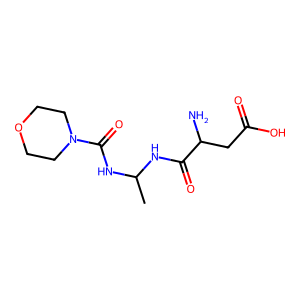
SMILES: CC(NC(=O)C(N)CC(=O)O)NC(=O)N1CCOCC1
Inhibits HIV replication: No